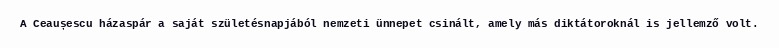
A Ceaușescu házaspár a saját születésnapjából nemzeti ünnepet csinált, amely más diktátoroknál is jellemző volt.